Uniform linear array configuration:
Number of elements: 16
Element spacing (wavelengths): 0.5
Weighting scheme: hamming
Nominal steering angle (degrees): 45
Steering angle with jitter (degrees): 46.174
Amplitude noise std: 0.05
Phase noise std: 0.05

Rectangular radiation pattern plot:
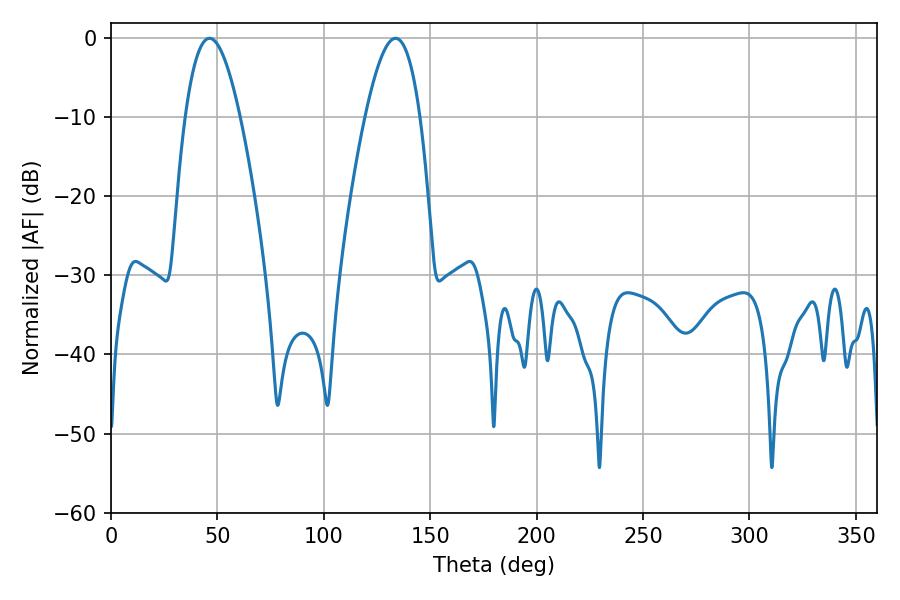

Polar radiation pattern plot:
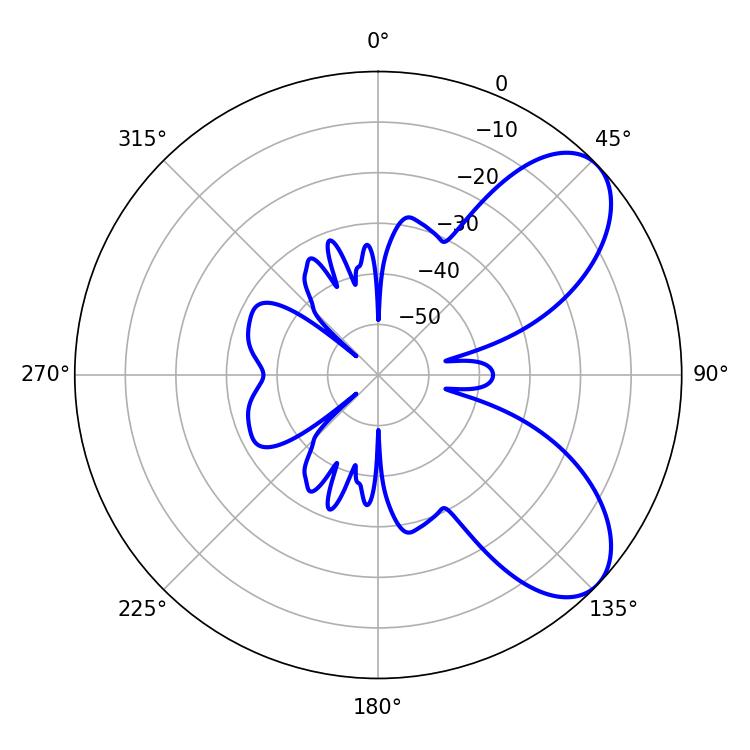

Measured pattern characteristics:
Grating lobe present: FALSE
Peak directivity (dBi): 7.145
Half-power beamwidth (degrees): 14.04
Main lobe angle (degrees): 46.26